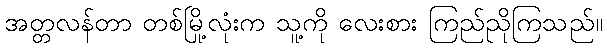
အတ္တလန်တာ တစ်မြို့လုံးက သူ့ကို လေးစား ကြည်ညိုကြသည်။